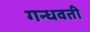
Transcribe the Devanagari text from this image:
गन्धवती